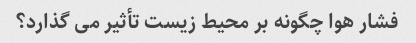
فشار هوا چگونه بر محیط زیست تأثیر می گذارد؟